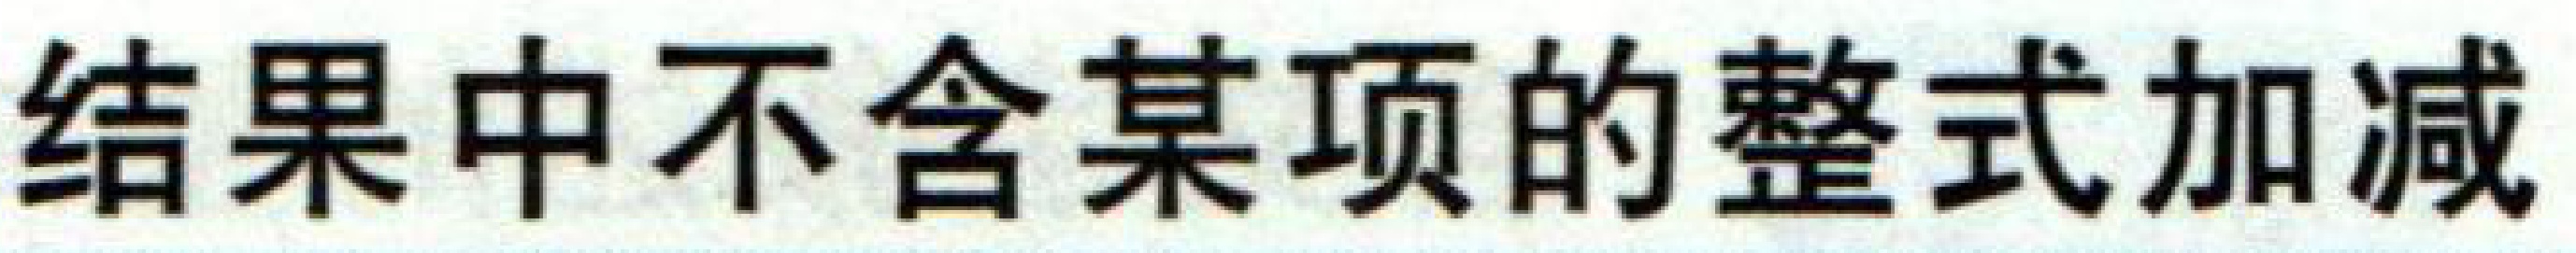
结果中不含某项的整式加减